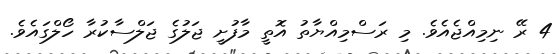
4 ރޭ ނިމިއްޖެއެވެ. މި ރަސްމިއްޔާތު އޮތީ މާފުށީ ޖަލުގެ ޖަލްސާކުރާ ހޯލްގައެވެ.